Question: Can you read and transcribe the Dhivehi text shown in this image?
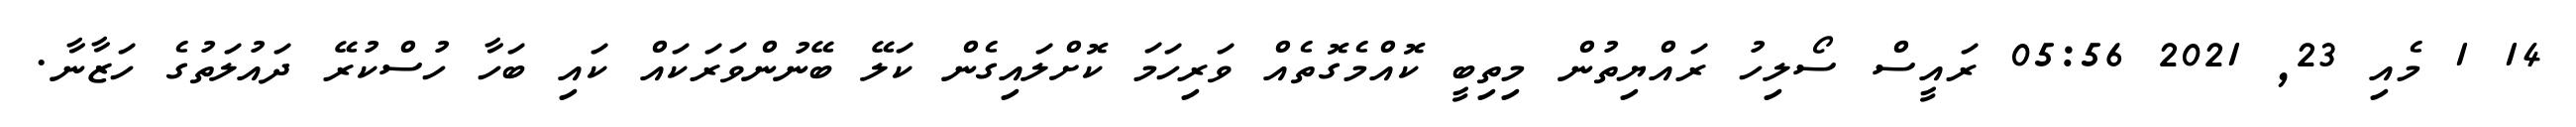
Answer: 14 1 މެއި 23, 2021 05:56 ރައީސް ސޯލިހު ރައްޔިތުން މިތިބީ ކޮއްމެގޮތެއް ވަރިހަމަ ކޮށްލައިގެން ކަލޭ ބޭނުންވަރަކައް ކައި ބަހާ ހުސްކުރޭ ދައުލަތުގެ ހަޒާނާ.